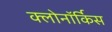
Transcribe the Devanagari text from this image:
क्लोनॉर्किस